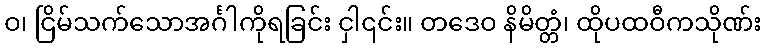
ဝ၊ ငြိမ်သက်သောအင်္ဂါကိုရခြင်း ငှါ၎င်း။ တဒေဝ နိမိတ္တံ၊ ထိုပထဝီကသိုဏ်း